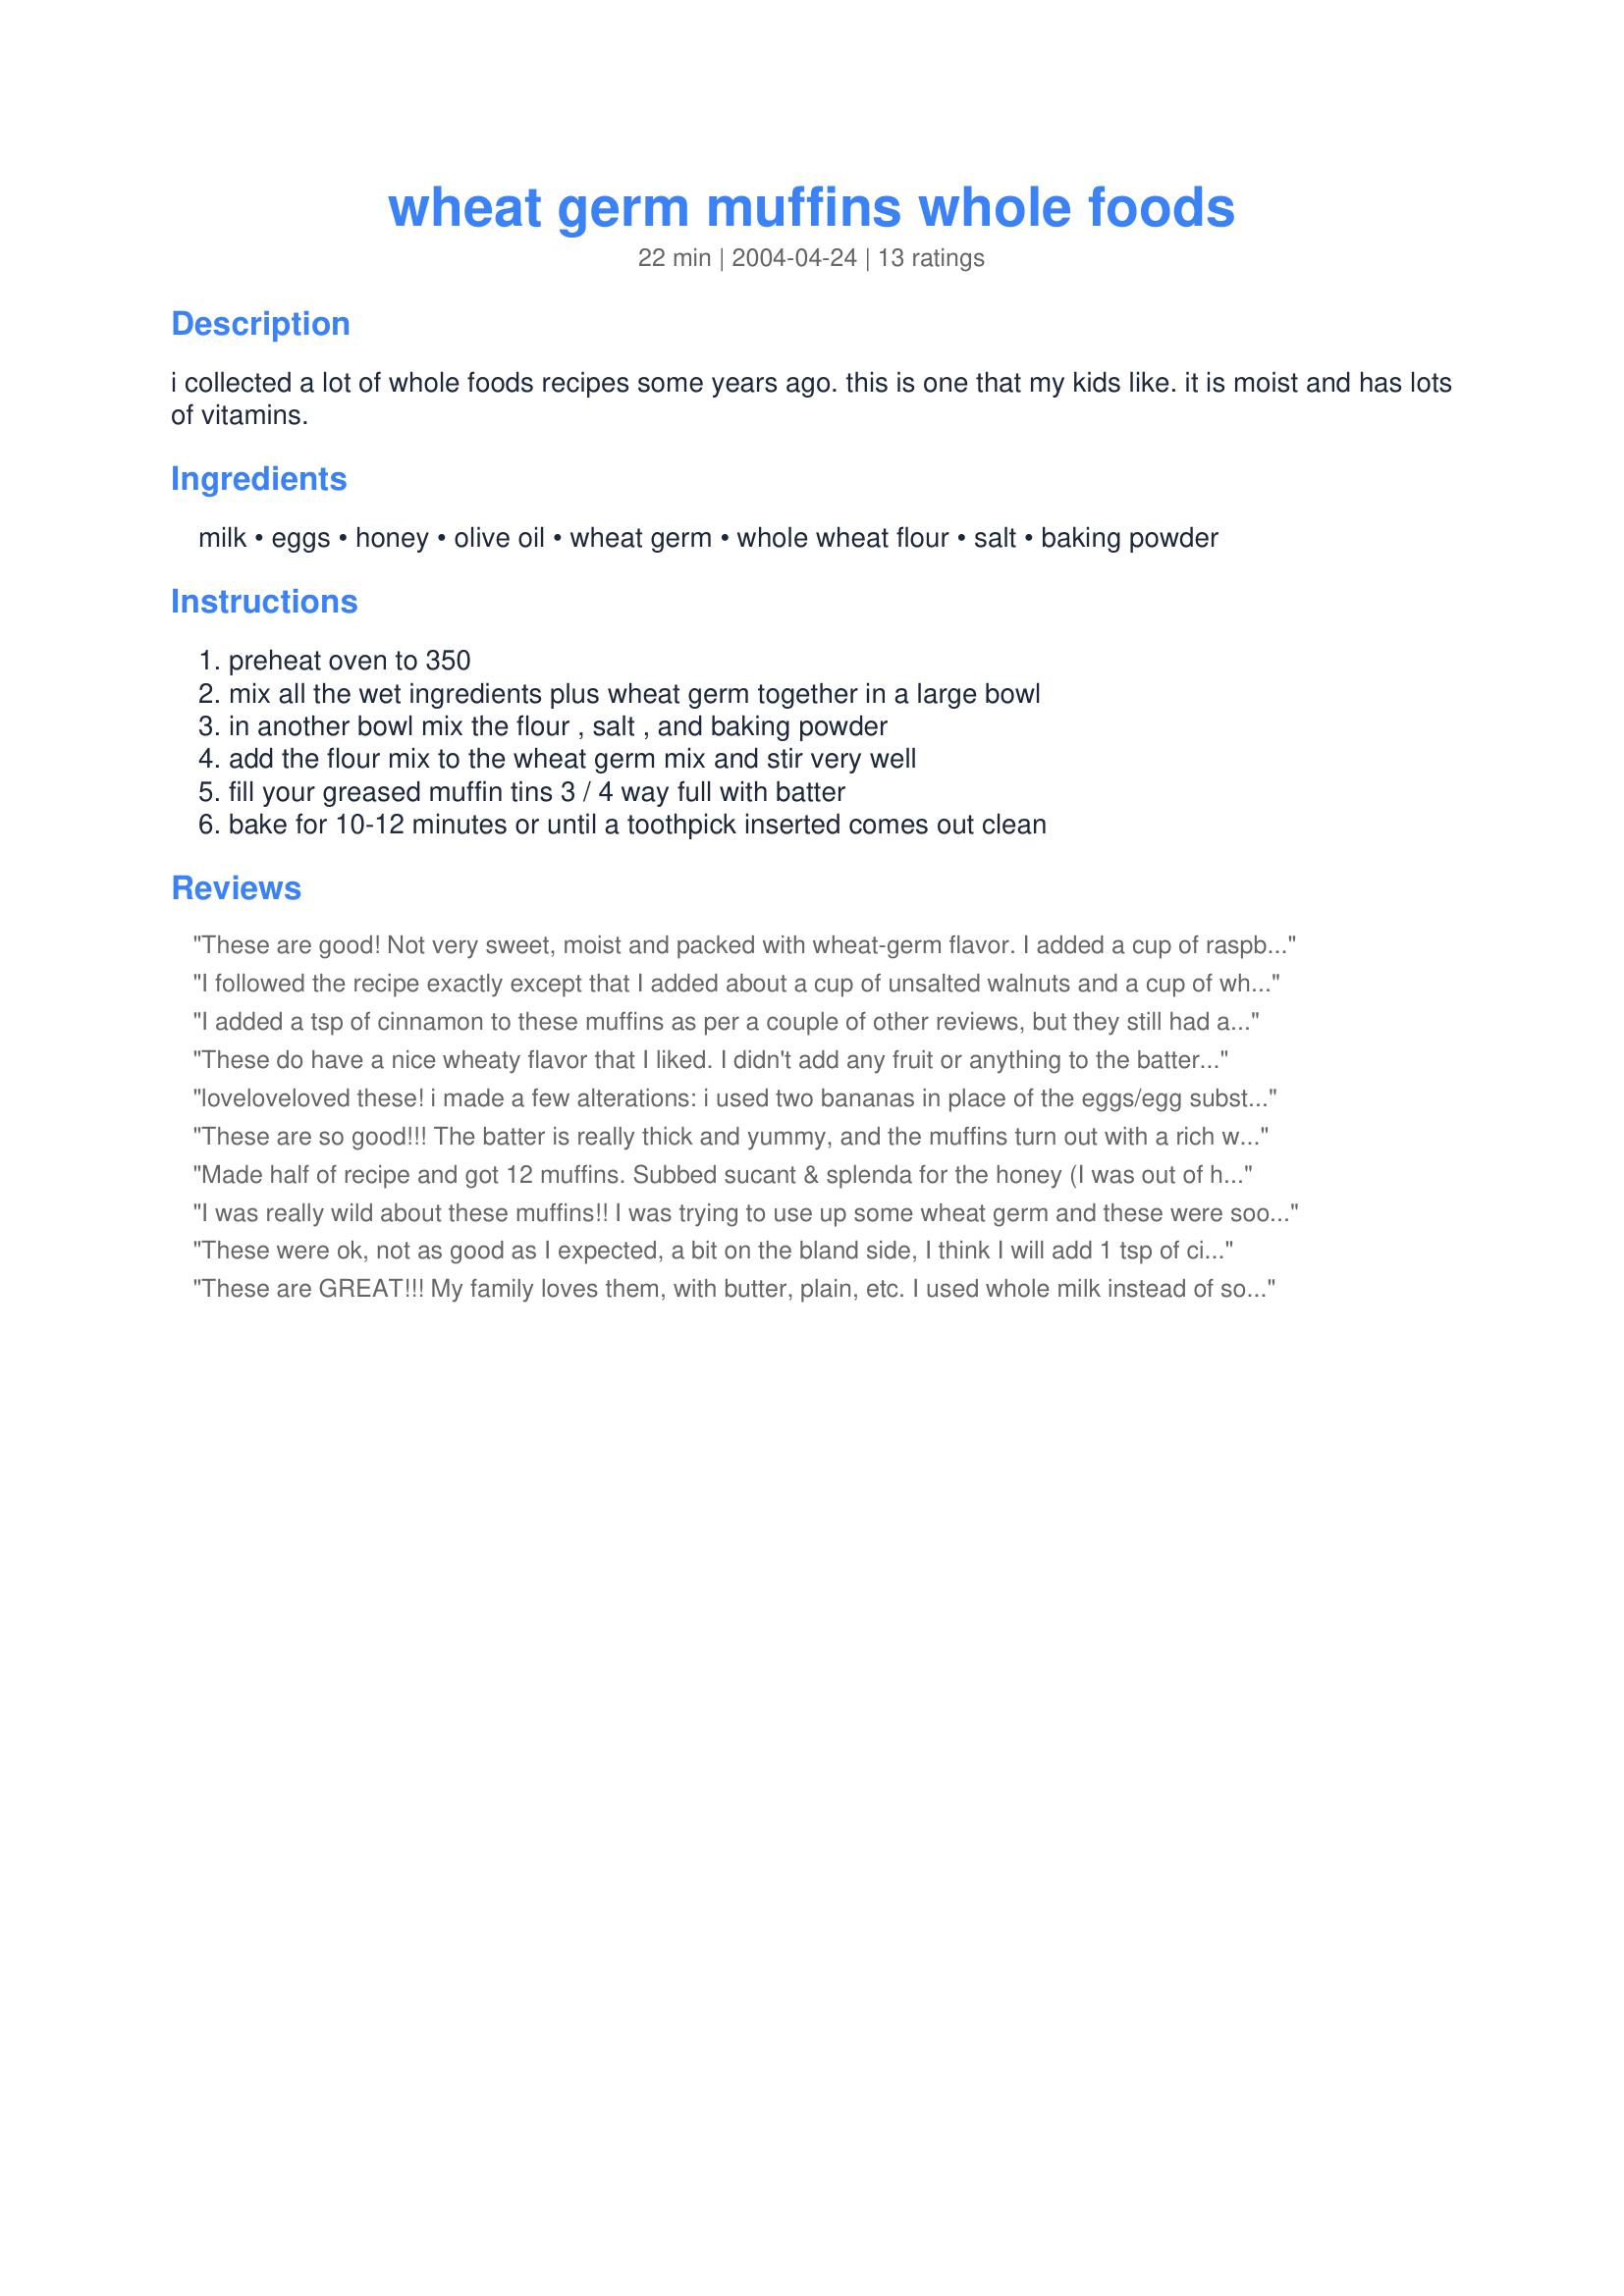
wheat germ muffins whole foods
Preparation time: 22 minutes

i collected a lot of whole foods recipes some years ago. this is one that my kids like. it is moist and has lots of vitamins.

Ingredients:
milk, eggs, honey, olive oil, wheat germ, whole wheat flour, salt, baking powder

Steps:
preheat oven to 350, mix all the wet ingredients plus wheat germ together in a large bowl, in another bowl mix the flour , salt , and baking powder, add the flour mix to the wheat germ mix and stir very well, fill your greased muffin tins 3 / 4 way full with batter, bake for 10-12 minutes or until a toothpick inserted comes out clean

Reviews:
These are good! Not very sweet, moist and packed with wheat-germ flavor. I added a cup of raspberries, a tsp of vanilla and a Tbs sucanat. They rose great (not too surprising since they have 2.5 TBS of baking powder in them!) and are very tasty. I had 3 (or was it 4???) for breakfast this morning. (I was starving for some reason...) I was glad the olive oil flavor did not show up too much- I just used our everyday olive oil, not a lite one or anything which is fairly olive-y. But they were just fine- I am actually enamored by the the richness the olive oil gives these. I got 20 muffins, not 12, although I'm sure I could have got 18 if I tried. I think this recipe definitely makes more than 12, though. The muffins also took more like 15-20 minutes to cook. Great ones, though. Looking forward to breakfast tomorrow! ;) Thanks for posting, Jen.
I followed the recipe exactly except that I added about a cup of unsalted walnuts and a cup of whole fresh cranberries. The muffins turned out salty and you can taste the baking powder. They also were not sweet at all. I won't use this recipe again.
I added a tsp of cinnamon to these muffins as per a couple of other reviews, but they still had a very bland flavour. Next time I am going to add some applesauce instead of some of the oil to increase the sweetness and lower the fat content. Definately a nice recipe though.
These do have a nice wheaty flavor that I liked. I didn't add any fruit or anything to the batter, but I think that was a good idea. I had one with pear butter, but that was too similar a flavor and color, so then I ate some with slivers of good real butter. I got 12 medium muffins from a half recipe, and mine also took more like 20 minutes to bake.
loveloveloved these! i made a few alterations: i used two bananas in place of the eggs/egg substitute, added 1 tsp of cinnamon, used only 5 Tbsp of oil, and eyeballed the honey. they turned out lovely!
These are so good!!! The batter is really thick and yummy, and the muffins turn out with a rich wheat-germ taste which margarine compliments. These have a good, coarse texture. I used half whole wheat and half unbleached regular flour. Oh yes, and these made exactly 24 medium sized muffins for me. Thank you!
Made half of recipe and got 12 muffins. Subbed sucant & splenda for the honey (I was out of honey) next time I would use more sucant to make a little more sweet. Also added vanilla and blueberries. A tasty way to start the day. Very easy recipe to make, baked for 20 minutes.
I was really wild about these muffins!! I was trying to use up some wheat germ and these were soo much better than expected. I added 1/c walnuts and 1/2 c dried cranberries and got 24 smallish muffins. They took 15 min to bake. I ate 4 fresh from the oven!!
These were ok, not as good as I expected, a bit on the bland side, I think I will add 1 tsp of cinnamon next time. I made the following modifications: halved the recipe, used 1 tsp of vanilla extract and 2 handfuls of a healthy trail mix.
These are GREAT!!! My family loves them, with butter, plain, etc. I used whole milk instead of soy but otherwise went with the recipe word for word. My 5 year old gives these a 10 out of 9. lol
We loved these. I doubled the recipe and it made 24 PLUS a pan of mini muffins. I used Fat Free Organic Milk and organic eggs. 
Thanks for a great new healthy favorite !
Next time I want to leave out the honey. They might taste better as a salty muffin.
This make a very yummy and healthful muffin. I added a cup of dried cranberries and subbed 4 tablespoons ground flax seed and 6 tablespoons of water for the eggs. Came out great. This recipe does make a lot of muffins though, next time I plan on cutting it in half.
